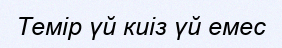
Темір үй киіз үй емес